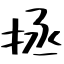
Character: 拯